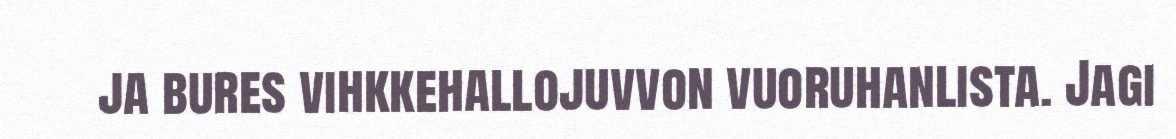
ja bures vihkkehallojuvvon vuoruhanlista. Jagi